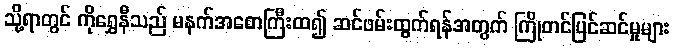
သို့ရာတွင် ကိုရွှေနီသည် မနက်အစောကြီးထ၍ ဆင်ဖမ်းထွက်ရန်အတွက် ကြိုတင်ပြင်ဆင်မှုများ